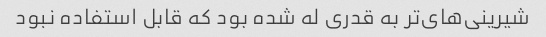
شیرینی‌های‌تر به قدری له شده بود که قابل استفاده نبود